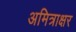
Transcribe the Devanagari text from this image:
अमित्राक्षर